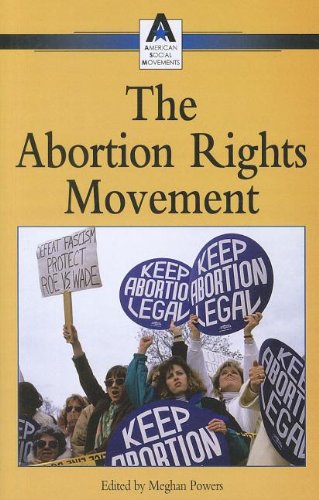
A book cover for Abortion Rights Movement (American Social Movements); Meghan Powers; Teen & Young Adult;